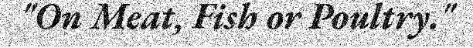
"On Meat, Fish or Poultry."